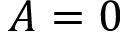
A = 0